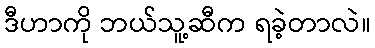
ဒီဟာကို ဘယ်သူ့ဆီက ရခဲ့တာလဲ။